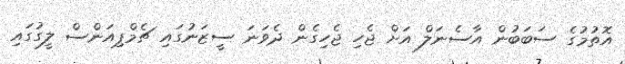
އޮތުމުގެ ސަބަބުން އާސެނަލް އަށް ޖެހި ޖެހިގެން ދެވަނަ ސީޒަނުގައި ޗެމްޕިއަންސް ލީގުގައި